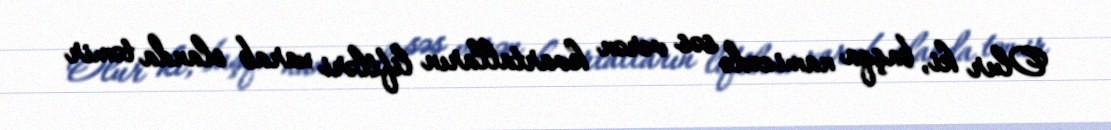
Olur ki, başqa namizədə səs verən kvartalların liftləri xarab olanda təmir